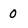
Character: 0